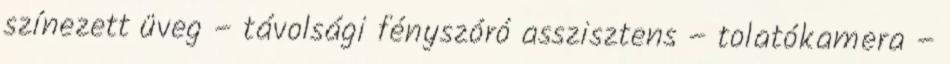
színezett üveg – távolsági fényszóró asszisztens – tolatókamera –